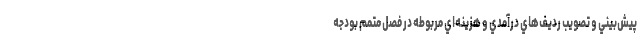
پيش‌بيني و تصويب رديف‌هاي درآمدي و هزينه‌اي مربوطه در فصل متمم بودجه